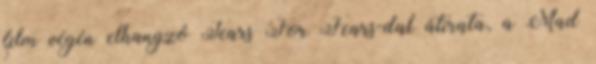
film végén elhangzó Tears For Fears-dal átirata, a Mad